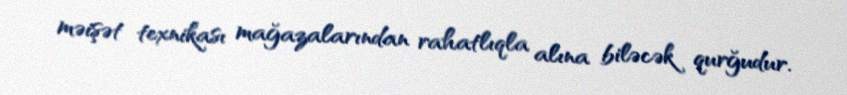
məişət texnikası mağazalarından rahatlıqla alına biləcək qurğudur.